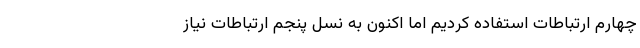
چهارم ارتباطات استفاده کردیم اما اکنون به نسل پنجم ارتباطات نیاز